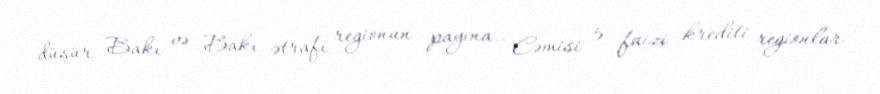
düşür Bakı və Bakı ətrafı regionun payına.. Cəmisi 5 faizi krediti regionlar